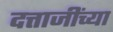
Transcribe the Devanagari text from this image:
दत्ताजींच्या